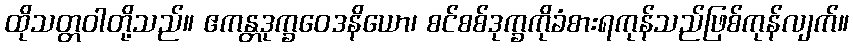
ထိုသတ္တဝါတို့သည်။ ဧကန္တဒုက္ခဝေဒနိယော၊ စင်စစ်ဒုက္ခကိုခံစားရကုန်သည်ဖြစ်ကုန်လျက်။